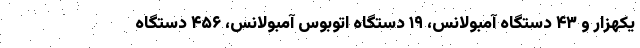
یکهزار و ۴۳ دستگاه آمبولانس، ۱۹ دستگاه اتوبوس آمبولانس، ۴۵۶ دستگاه